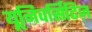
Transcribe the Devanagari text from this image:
यूनिवर्सिटिज़